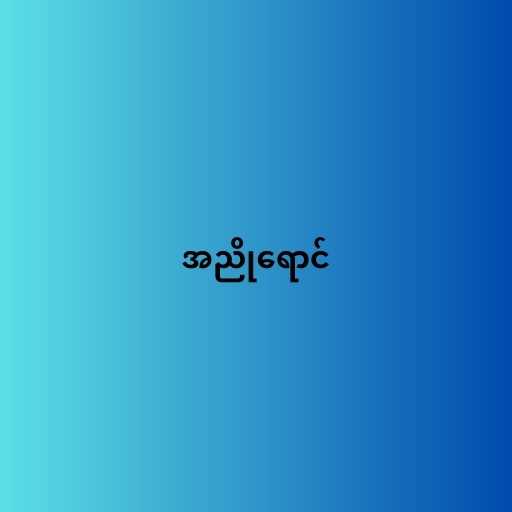
အညိုရောင်